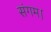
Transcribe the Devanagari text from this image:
संगम।